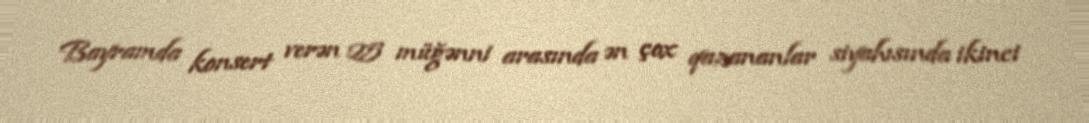
Bayramda konsert verən 25 müğənni arasında ən çox qazananlar siyahısında ikinci